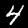
Label: 4